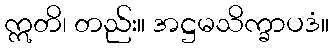
ဣတိ၊ တည်း။ အဋ္ဌမသိက္ခာပဒံ။